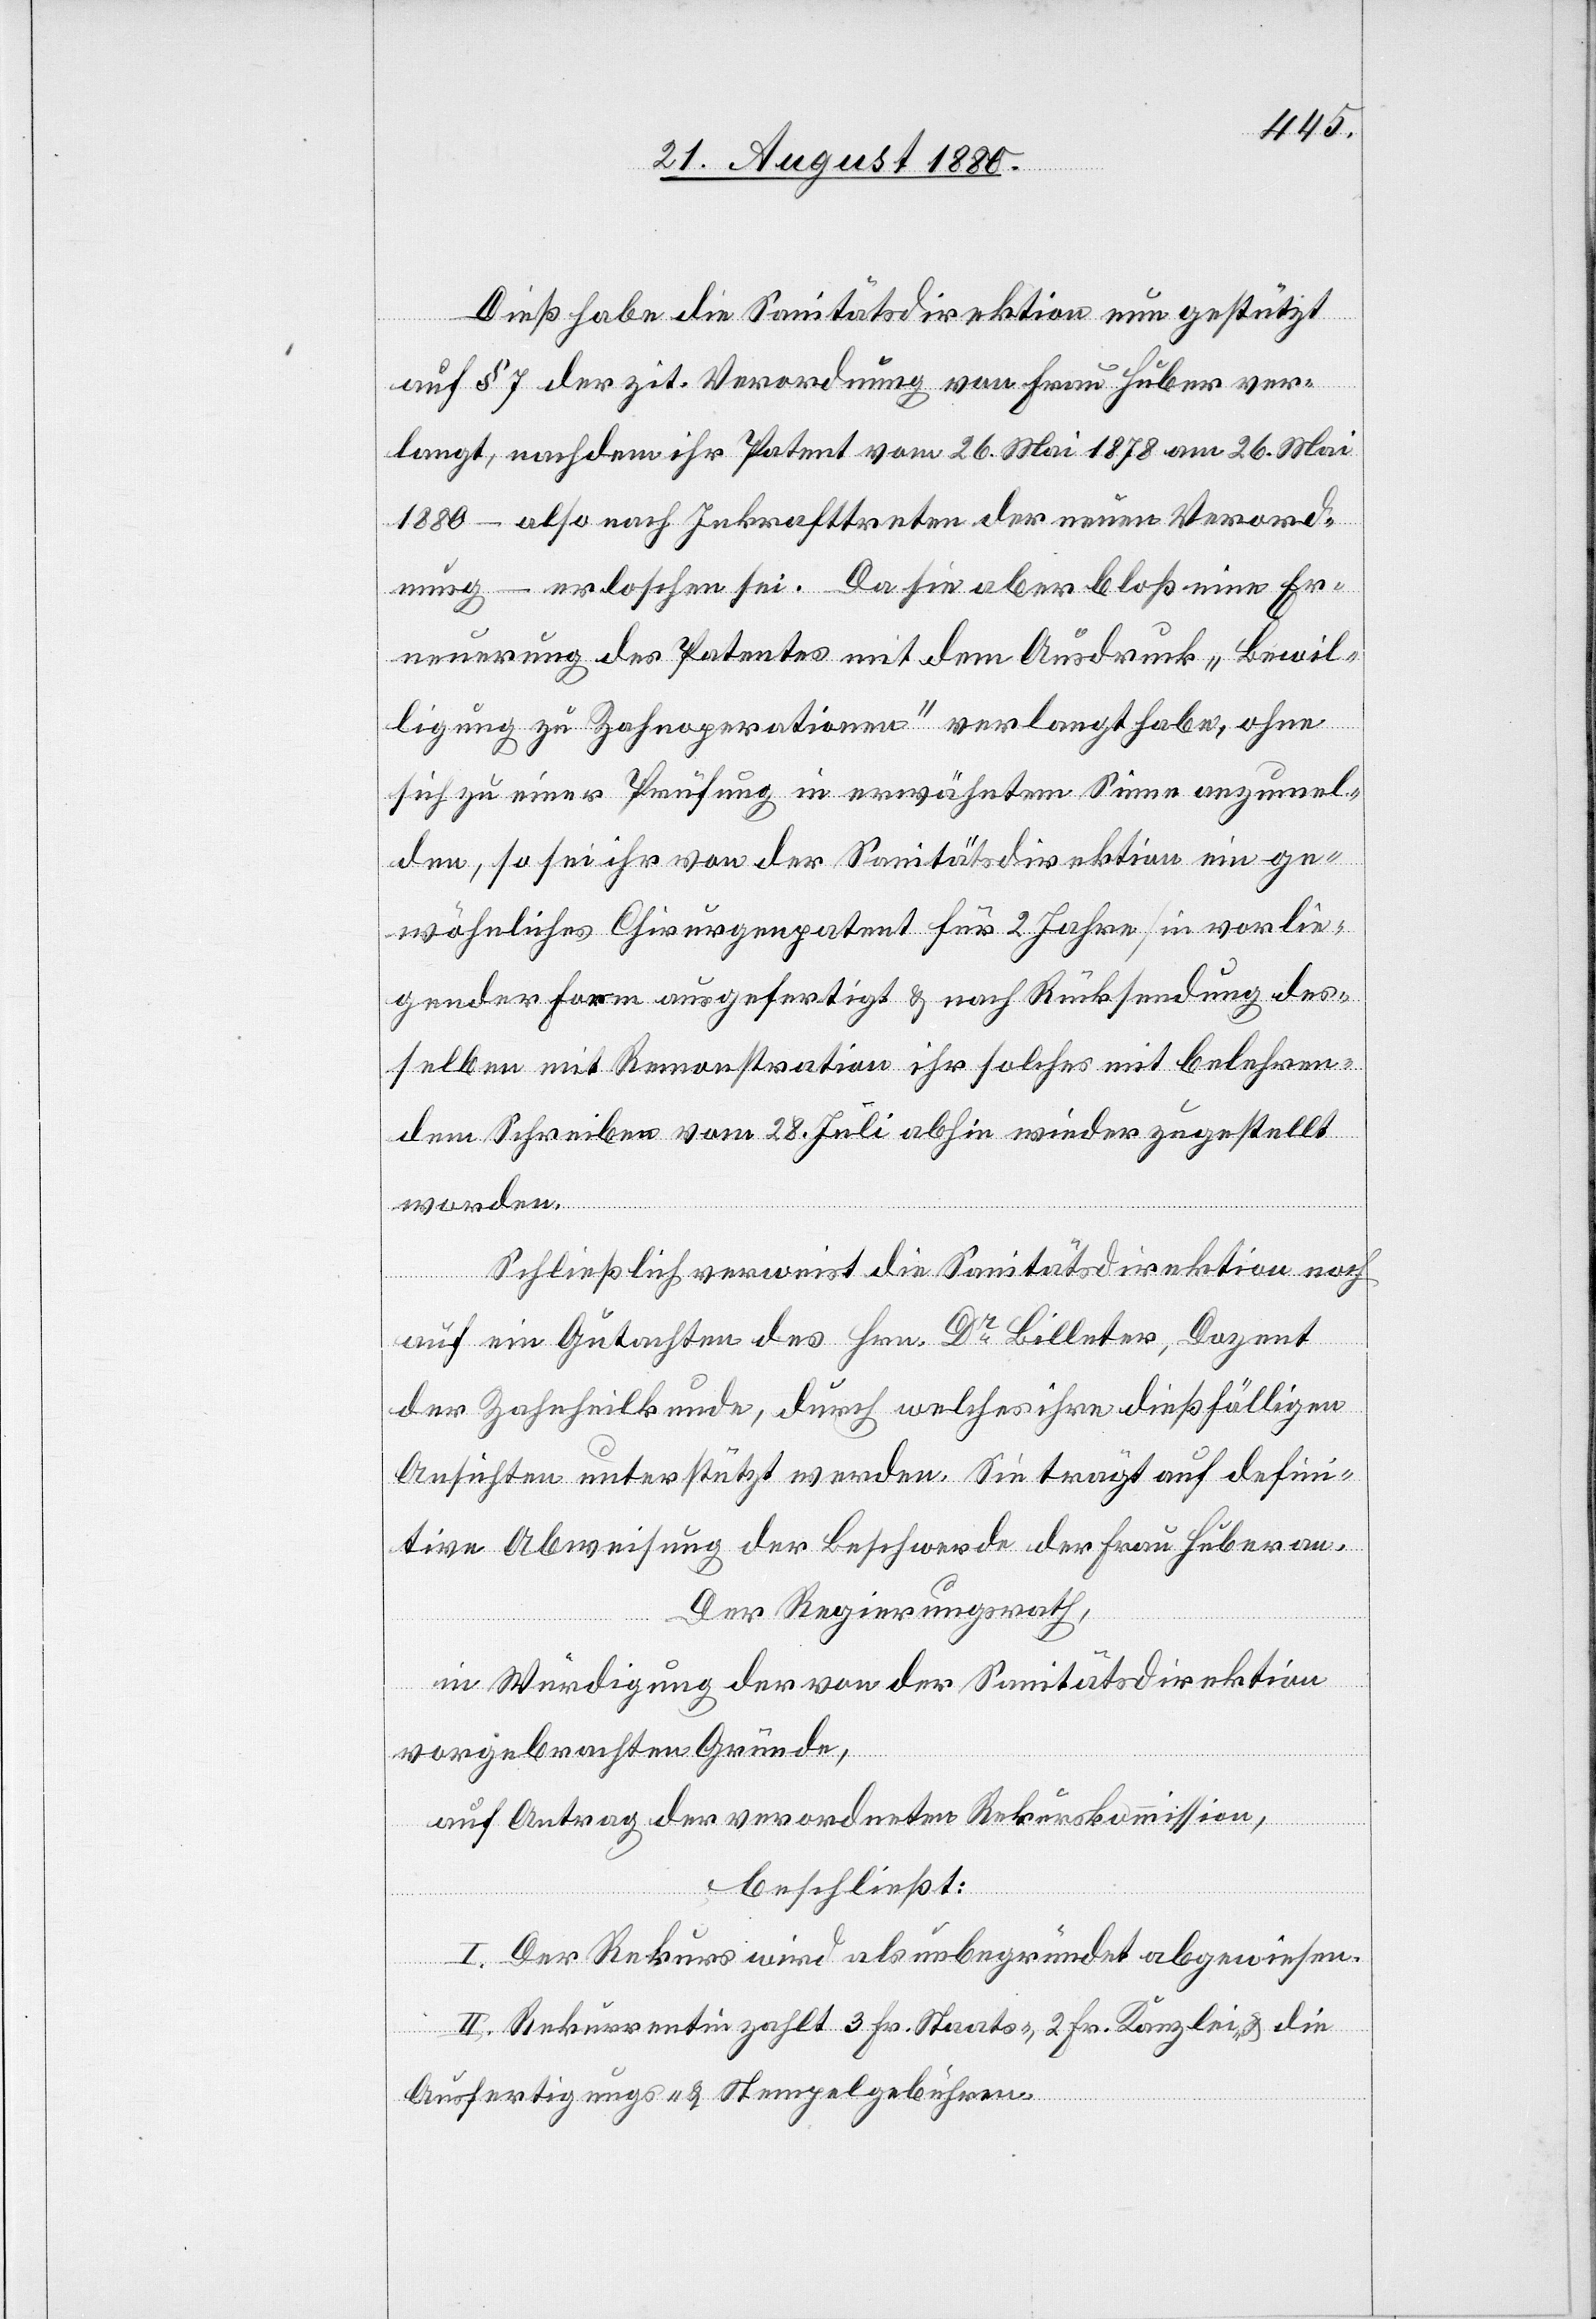
Dieß habe die Sanitätsdirektion nun gestützt
auf § 7 der zit. Verordnung von Frau Huber ver¬
langt, nachdem ihr Patent vom 26. Mai 1878 am 26. Mai
1880 – also nach Inkrafttreten der neuen Verord¬
nung – erloschen sei. Da sie aber bloß eine Er¬
neuerung des Patentes mit dem Ausdruck „Bewil¬
ligung zu Zahnoperationen“ verlangt habe, ohne
sich zu einer Prüfung in erwähntem Sinne anzumel¬
den, so sei ihr von der Sanitätsdirektion ein ge¬
wöhnliches Chirurgenpatent für 2 Jahre [in vorlie¬
gender Form ausgefertigt & nach Rücksendung des¬
selben mit Remonstration ihr solches mit belehren¬
dem Schreiben vom 28. Juli abhin wieder zugestellt
worden.
Schließlich verweist die Sanitätsdirektion noch
auf ein Gutachten des Hrn. Dr Billeter, Dozent
der Zahnheilkunde, durch welches ihre dießfällgen
Ansichten unterstützt werden. Sie trägt auf defini¬
tive Abweisung der Beschwerde der Frau Huber an.
Der Regierungsrath,
in Würdigung der von der Sanitätsdirektion
vorgebrachten Gründe,
auf Antrag der verordneten Rekurskommission,
beschließt:
I. Der Rekurs wird als unbegründet abgewiesen.
II. Rekurrentin zahlt 3 Fr. Staats-, 2 Fr. Kanzlei- & die
Ausfertigungs- & Stempelgebühren.